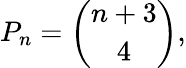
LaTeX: P_{n}={\binom{n+3}{4}},